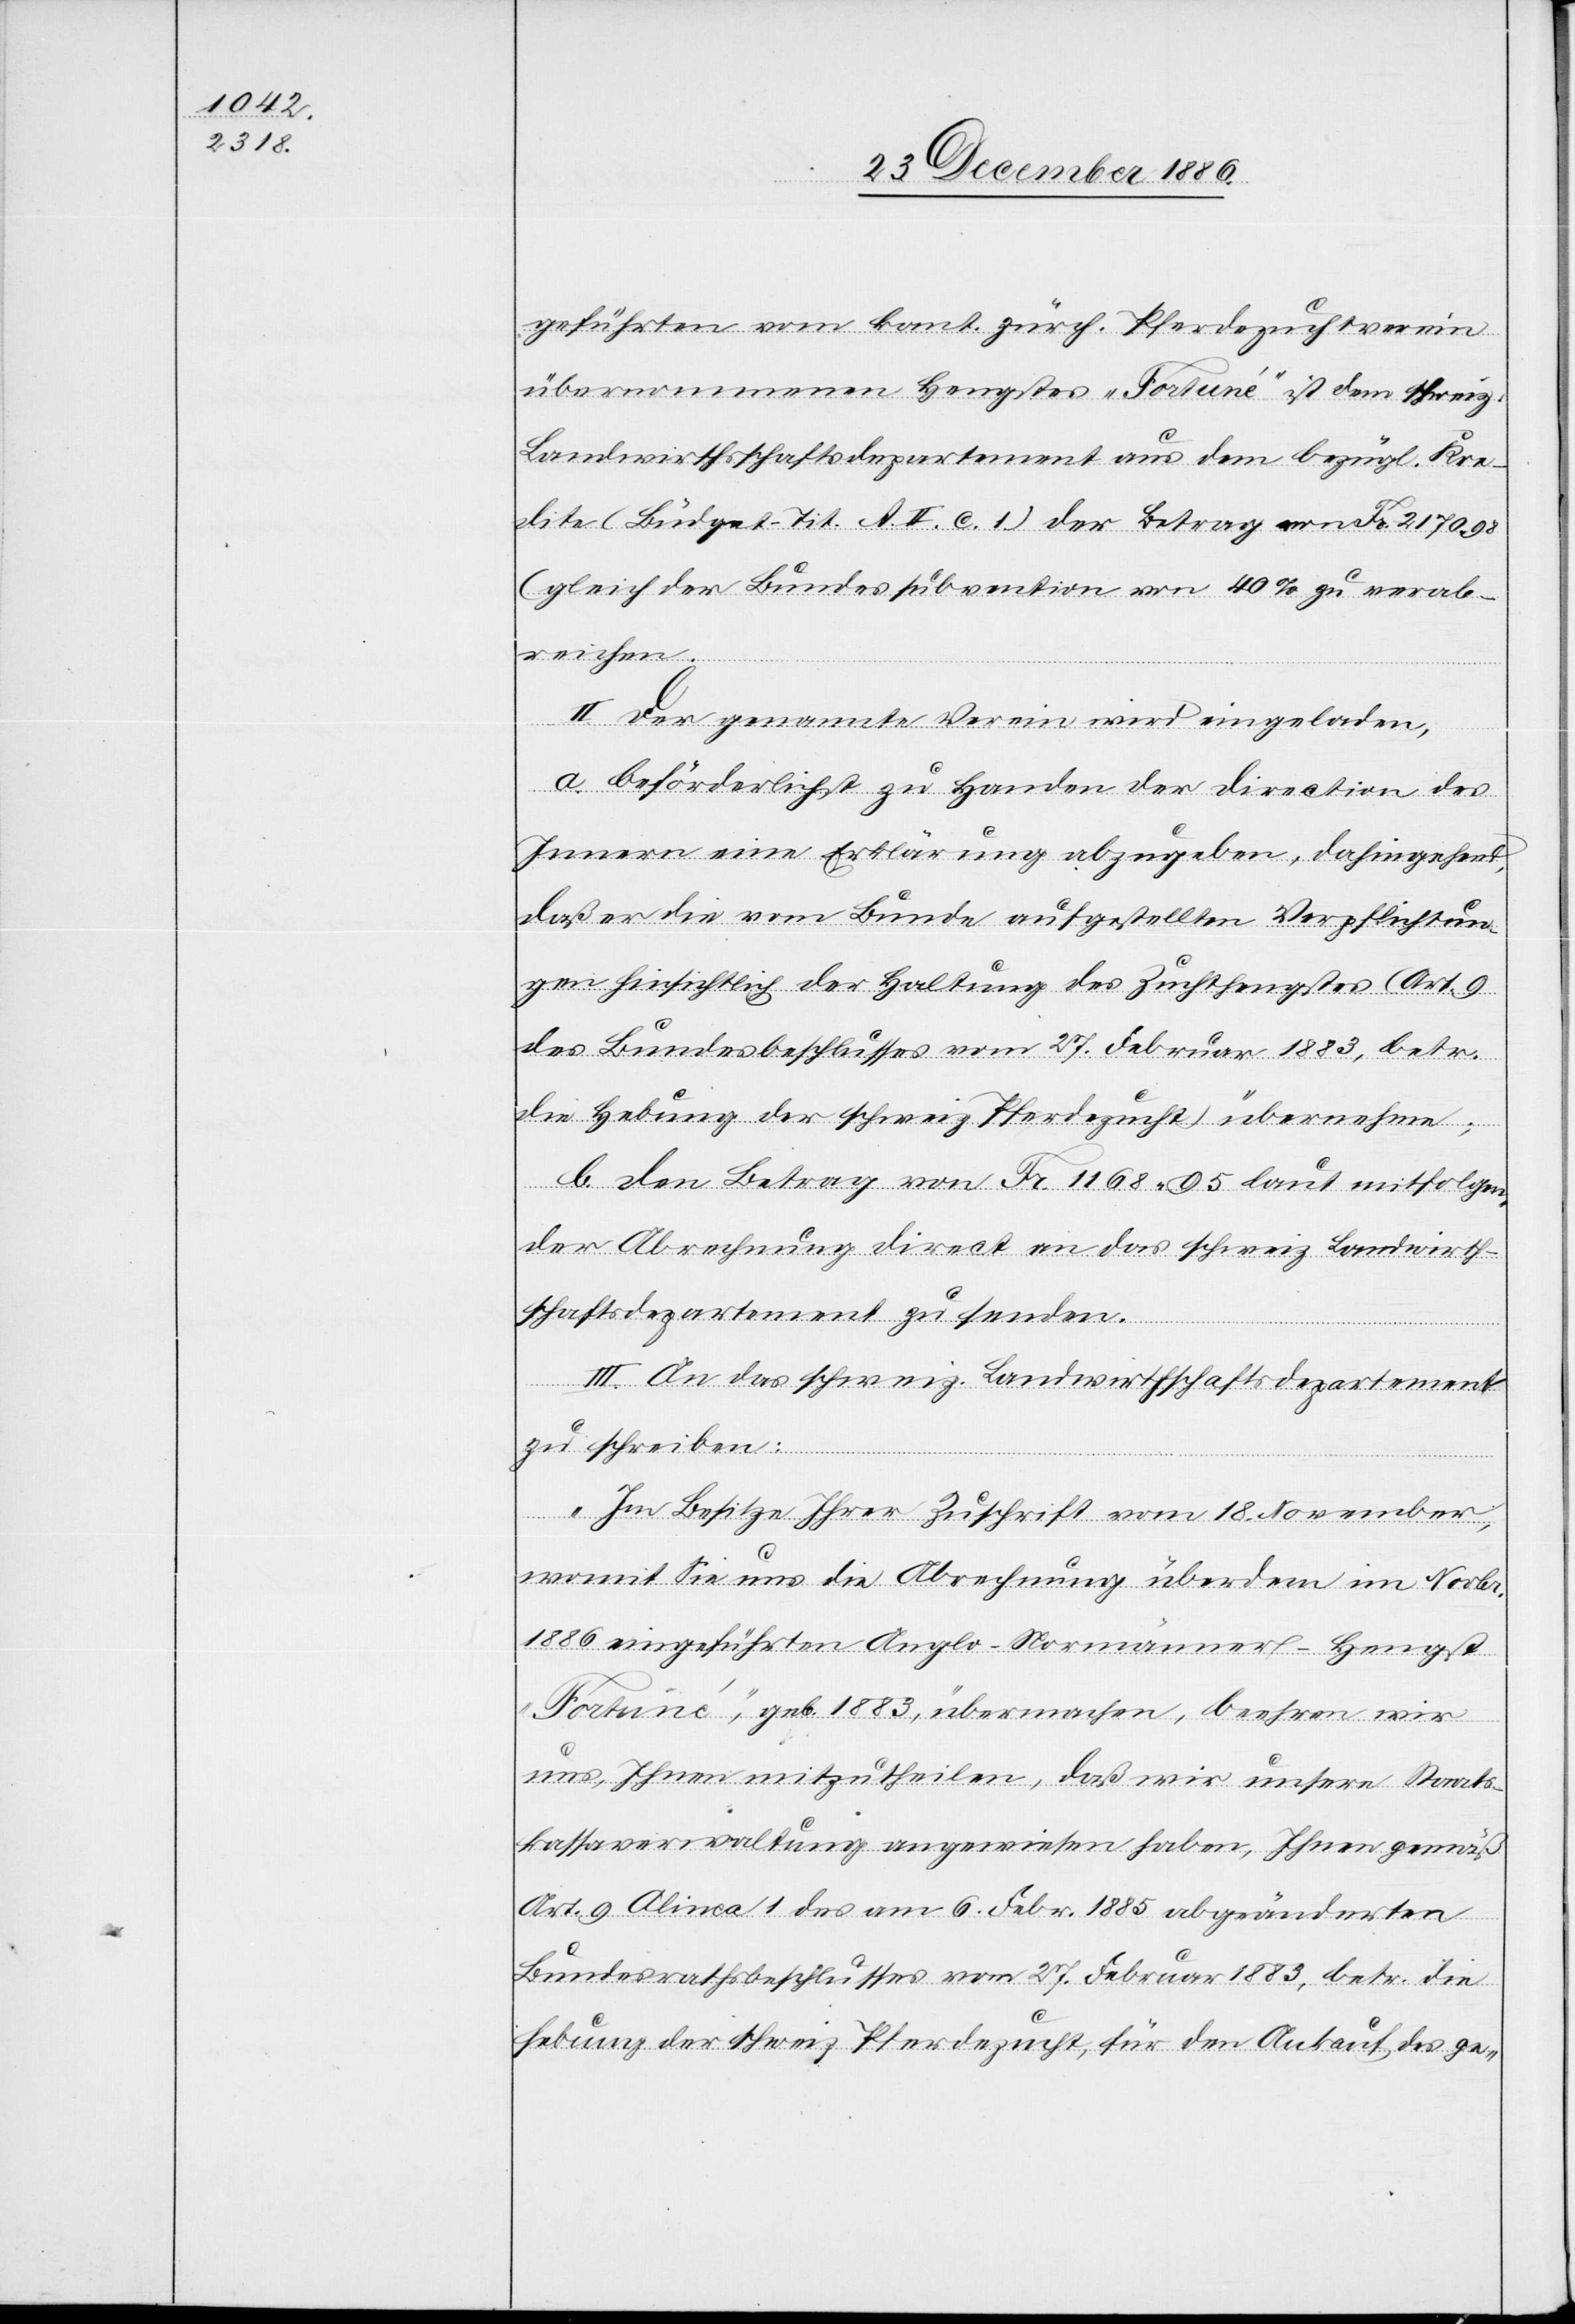
geführten vom kant. zürch. Pferdezuchtverein
übernommenen Hengstes „Fortuné“ ist dem schweiz.
Landwirthschaftsdepartement aus dem bezügl. Kre¬
dite (Büdget-Tit. A. II. c. 1) der Betrag von Fr. 2170 98
(gleich der Bundessubvention von 40% zu verab¬
reichen.
II. Der genannte Verein wird eingeladen,
a. beförderlichst zu Handen der Direction des
Innern eine Erklärung abzugeben, dahingehend,
daß er die vom Bunde aufgestellten Verpflichtun¬
gen hinsichtlich der Haltung des Zuchthengstes (Art. 9
des Bundesbeschlusses vom 27. Februar 1883, betr.
die Hebung der schweiz. Pferdezucht) übernehme;
b. den Betrag von Fr. 1168 95 laut mitfolgen¬
der Abrechnung direct an das schweiz. Landwirth¬
schaftsdepartement zu senden.
Novbr.
III. An das schweiz. Landwirthschaftsdepartement
zu schreiben:
im
„Im Besitze Ihrer Zuschrift vom 18. November,
womit Sie uns die Abrechnung überdem [sic!]
1886 eingeführten Anglo-Normänner-Hengst
„Fortuné“, geb. 1883, übermachen, beehren wir
uns, Ihnen mitzutheilen, daß wir unsere Staats¬
kassaverwaltung angewiesen haben, Ihnen gemäß
Art. 9 Alinea 1 des am 6. Febr. 1885 abgeänderten
Bundesrathsbeschlusses vom 27. Februar 1883, betr. die
Hebung der schweiz. Pferdezucht, für den Ankauf des ge-